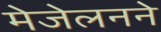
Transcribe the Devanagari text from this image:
मेजेलनने